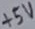
Text: +5V